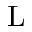
\mathrm { L }